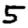
Digit: 5